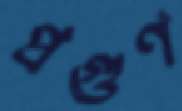
প্রগুণ